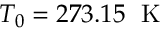
{ { T } _ { 0 } } = 2 7 3 . 1 5 \; \mathrm { ~ K ~ }